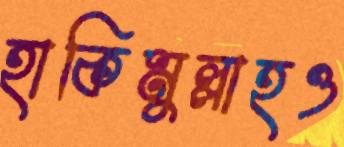
হাকিমুল্লাহও